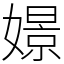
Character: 𡡡